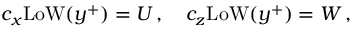
c _ { x } \mathrm { L o W } ( y ^ { + } ) = U \, , \quad c _ { z } \mathrm { L o W } ( y ^ { + } ) = W \, ,